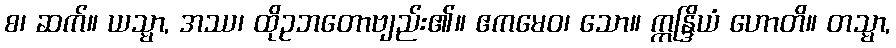
စ၊ ဆက်။ ယသ္မာ, အဿ၊ ထိုဥဘတောဗျည်း၏။ ဧကမေဝ၊ သော။ ဣန္ဒြိယံ ဟောတိ။ တသ္မာ,